Report of an investigation of the epidemic of malarial fever in Assam, or, kala-azar
Disease focus: Malaria
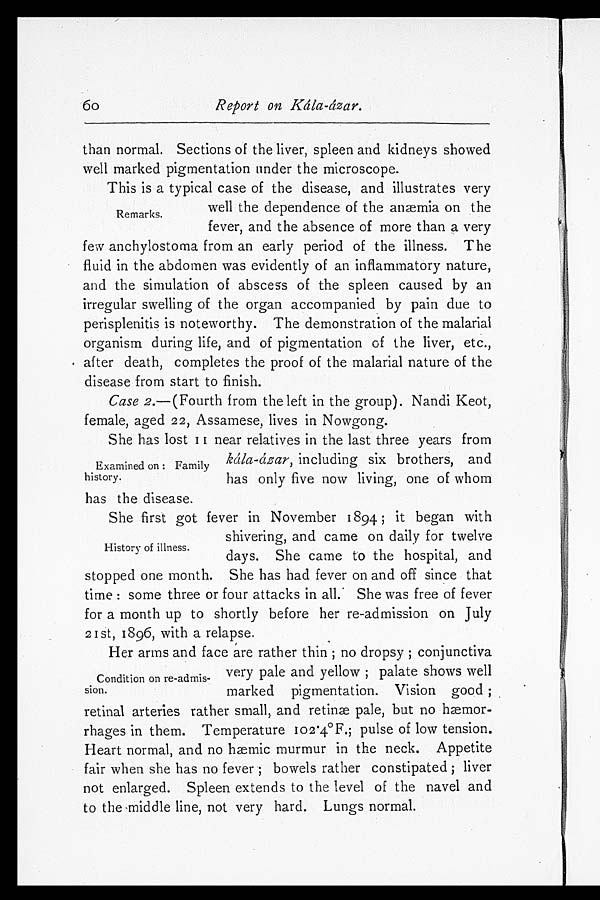
60
Report on Kála-ázar.
than normal. Sections of the liver, spleen and kidneys showed
well marked pigmentation under the microscope.
This is a typical case of the disease, and illustrates very
well the dependence of the anæmia on the
fever, and the absence of more than a very
few anchylostoma from an early period of the illness. The
fluid in the abdomen was evidently of an inflammatory nature,
and the simulation of abscess of the spleen caused by an
irregular swelling of the organ accompanied by pain due to
perisplenitis is noteworthy. The demonstration of the malarial
organism during life, and of pigmentation of the liver, etc.,
after death, completes the proof of the malarial nature of the
disease from start to finish.
Case 2.—(Fourth from the left in the group). Nandi Keot,
female, aged 22, Assamese, lives in Nowgong.
She has lost 11 near relatives in the last three years from
kála-ázar, including six brothers, and
has only five now living, one of whom
has the disease.
She first got fever in November 1894; it began with
shivering, and came on daily for twelve
days. She came to the hospital, and
stopped one month. She has had fever on and off since that
time: some three or four attacks in all. She was free of fever
for a month up to shortly before her re-admission on July
2 1st, 1896, with a relapse.
Her arms and face are rather thin; no dropsy; conjunctiva
very pale and yellow; palate shows well
marked pigmentation. Vision good;
retinal arteries rather small, and retinæ pale, but no hæmor
- r h a g e s i n t h e m . T e m p e r a t u r e 1 0 2 . 4°F . ; p u l s e o f l o w t e n s i o n .
Heart normal, and no hæmic murmur in the neck. Appetite
fair when she has no fever; bowels rather constipated; liver
not enlarged. Spleen extends to the level of the navel and
to the middle line, not very hard. Lungs normal.
Remarks.
Examined on: Family
history.
History of illness.
Condition on re-admis
-sion.